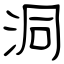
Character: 洞